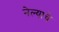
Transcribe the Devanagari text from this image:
नेल्याचे